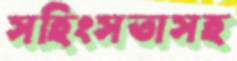
সহিংসতাসহ